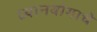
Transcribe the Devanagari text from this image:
ध्यानयोगाचे